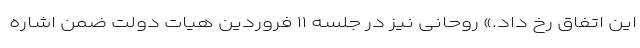
این اتفاق رخ داد.» روحانی نیز در جلسه ۱۱ فروردین هیات دولت ضمن اشاره